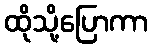
ထိုသို့ပြောကာ